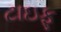
ટાઇફૂ